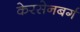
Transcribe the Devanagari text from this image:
केरसेनबर्ग